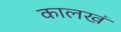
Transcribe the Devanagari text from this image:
कालखं